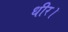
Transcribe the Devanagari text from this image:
धीर।